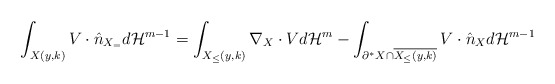
\begin{align*}\int_{X(y,k)} V \cdot \hat n_{X_=} d{\mathcal H}^{m-1} = \int_{X_\le(y,k)} \nabla_X \cdot V d{\mathcal H}^m - \int_{\partial^* X \cap \overline{X_\le(y,k)}} V \cdot \hat n_X d{\mathcal H}^{m-1}\end{align*}